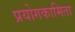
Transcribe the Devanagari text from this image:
प्रयोगकामिता